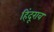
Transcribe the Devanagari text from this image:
हिंदूराव